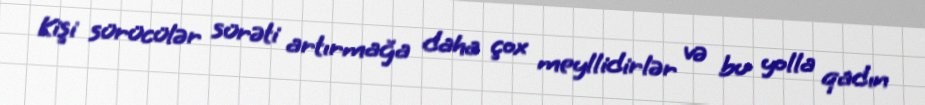
Kişi sürücülər sürəti artırmağa daha çox meyllidirlər və bu yolla qadın